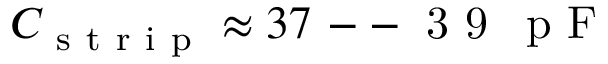
C _ { \mathrm { ~ s ~ t ~ r ~ i ~ p ~ } } \approx 3 7 \mathrm { ~ -- ~ 3 ~ 9 ~ \, ~ p ~ F ~ }